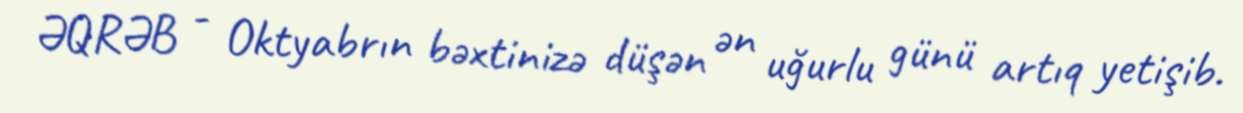
ƏQRƏB - Oktyabrın bəxtinizə düşən ən uğurlu günü artıq yetişib.